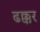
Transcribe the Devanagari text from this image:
ढक्कर